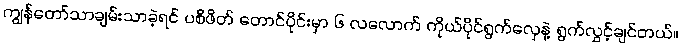
ကျွန်တော်သာချမ်းသာခဲ့ရင် ပစိဖိတ် တောင်ပိုင်းမှာ ၆ လလောက် ကိုယ်ပိုင်ရွက်လှေနဲ့ ရွက်လွှင့်ချင်တယ်။